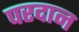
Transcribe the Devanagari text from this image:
परदान